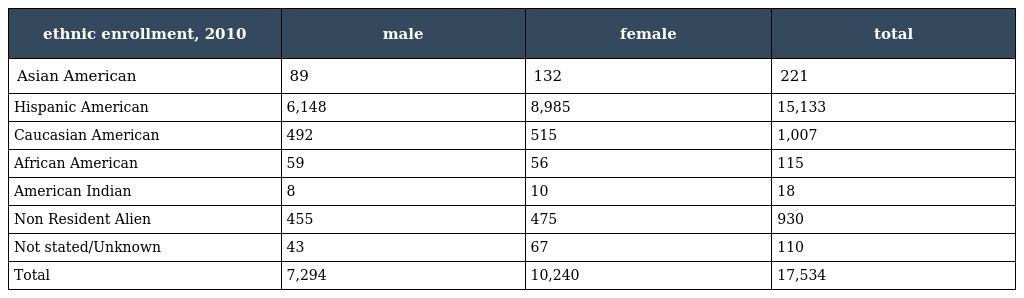
| ethnic enrollment, 2010 | male | female | total |
 | --- | --- | --- | --- |
 | Asian American | 89 | 132 | 221 |
 | Hispanic American | 6,148 | 8,985 | 15,133 |
 | Caucasian American | 492 | 515 | 1,007 |
 | African American | 59 | 56 | 115 |
 | American Indian | 8 | 10 | 18 |
 | Non Resident Alien | 455 | 475 | 930 |
 | Not stated/Unknown | 43 | 67 | 110 |
 | Total | 7,294 | 10,240 | 17,534 |